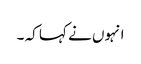
انہوں نے کہا کہ ۔